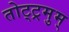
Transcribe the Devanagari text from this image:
तोट्ट्रमुम्